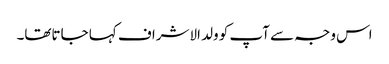
اس وجہ سے آپ کو ولد الاشراف کہا جاتاتھا۔